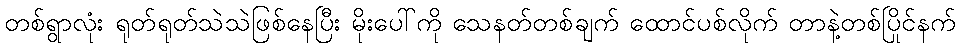
တစ်ရွာလုံး ရုတ်ရုတ်သဲသဲဖြစ်နေပြီး မိုးပေါ်ကို သေနတ်တစ်ချက် ထောင်ပစ်လိုက် တာနဲ့တစ်ပြိုင်နက်